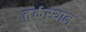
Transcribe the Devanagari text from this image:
तु्र्कस्थान